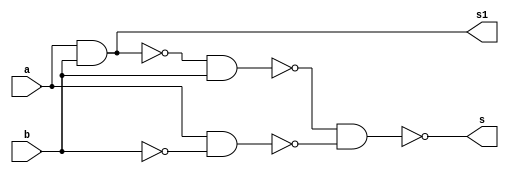
// ---------------------
// Guia 05_04 - Soma completa de valores binarios com 3 bits
// Nome: Heitor Terozendi  
// --------------------

//--- Module Meia Soma Nand --

module meiasoma (s, s1, a, b);
output s, s1;
input a, b;
wire s2, s3, s4, s5, s6;

nand NAND1(s2, a, b);
nand NAND2(s3, b, b);
nand NAND3(s4, s2, b);
nand NAND4(s5, a, s3);
nand NAND5(s, s4, s5);
nand NAND6(s6, a, b);
nand NAND7(s1, s6, s6);

endmodule // meiasoma

// ----- Module Soma Completa NAND ---

module somacompleta (s, s1, a, b, vaium);
output s, s1;
input a, b, vaium;
wire s2, s3, s4, s5, s6;

meiasoma M1(s2, s3, a, b);
meiasoma M2(s, s4, s2, vaium);
nand NAND1(s5, s3, s3);
nand NAND2(s6, s4, s4);
nand NAND3(s1, s5, s6);

endmodule // somacompleta

//--- Module Teste ---

module testesoma3bits;
reg [2:0]A;
reg [2:0]B;
wire [3:0]S;
wire [1:0]W;

meiasoma M1(S[0], W[0], A[0], B[0]);
somacompleta S1(S[1], W[1], A[1], B[1], W[0]);
somacompleta S2(S[2], S[3], A[2], B[2], W[1]); 

// parte principal
   initial begin
	   $display("Guia 05_04 - Soma completa de valores binarios com 3 bits");
		$display("Nome: Heitor Terozendi - Matricula: 396698");
      $display("\n a + b = s \n");
		A = 0;
		B = 0;
  		while(A != 7)
		  begin
		    A = (B == 0)? A : A + 1;
			 B = 0;
  #1      $display("%b + %b = %b", A, B, S);
			 while(B != 7)
			   begin
				  B = B + 1;
  #1              $display("%b + %b = %b", A, B, S);
		      end
		  end
  end

endmodule // testesoma3bits